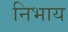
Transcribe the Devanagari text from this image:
निभाय